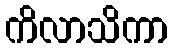
ကိလာသိကာ